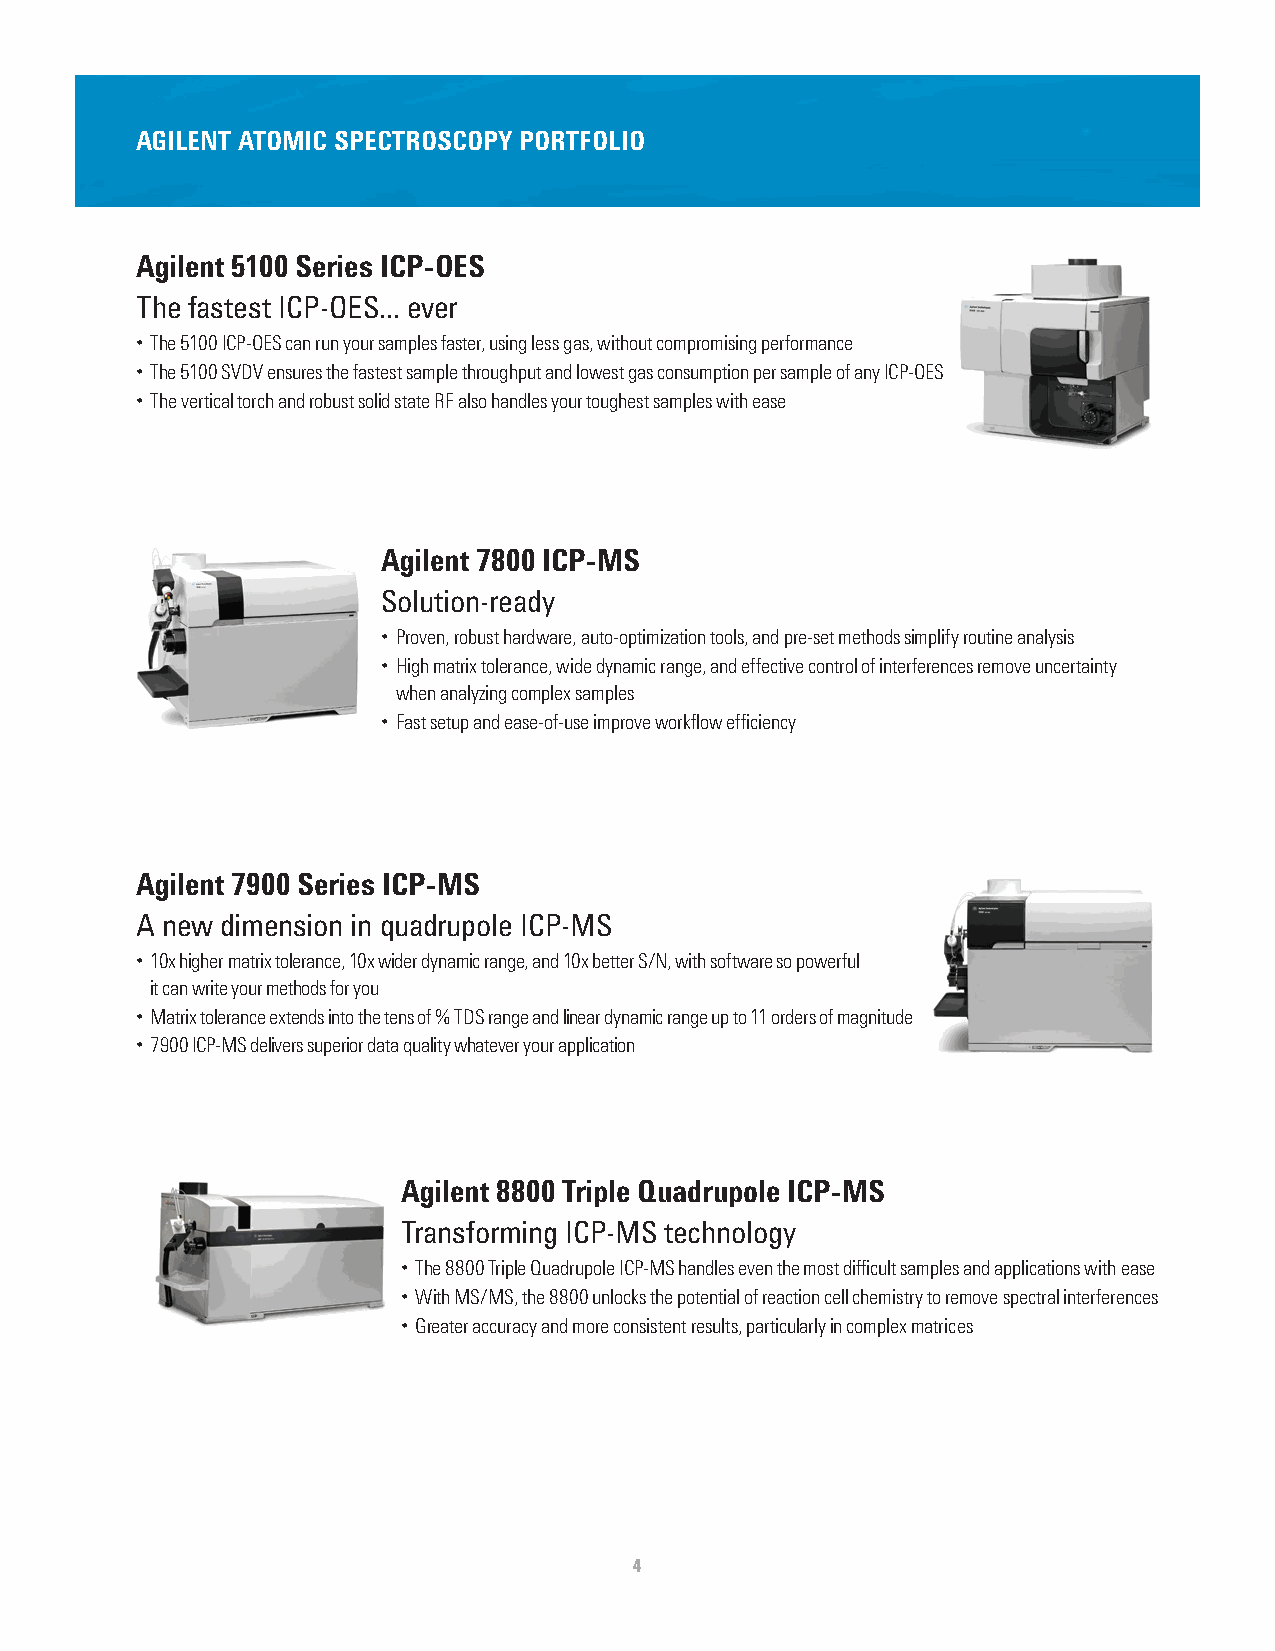
AGILENT ATOMIC SPECTROSCOPY PORTFOLIO
 Agilent 5100 Series ICP-OES
 The fastest ICP-OES... ever
 • The 5100 ICP-OES can run your samples faster, using less gas, without compromising performance
 • The 5100 SVDV ensures the fastest sample throughput and lowest gas consumption per sample of any ICP-OES
 • The vertical torch and robust solid state RF also handles your toughest samples with ease
 Agilent 7800 ICP-MS
 Solution-ready
 • Proven, robust hardware, auto-optimization tools, and pre-set methods simplify routine analysis
 • High matrix tolerance, wide dynamic range, and effective control of interferences remove uncertainty
 when analyzing complex samples
 • Fast setup and ease-of-use improve workflow efficiency
 Agilent 7900 Series ICP-MS
 A new dimension in quadrupole ICP-MS
 • 10x higher matrix tolerance, 10x wider dynamic range, and 10x better S/N, with software so powerful
 it can write your methods for you
 • Matrix tolerance extends into the tens of % TDS range and linear dynamic range up to 11 orders of magnitude
 • 7900 ICP-MS delivers superior data quality whatever your application
 Agilent 8800 Triple Quadrupole ICP-MS
 Transforming ICP-MS technology
 • The 8800 Triple Quadrupole ICP-MS handles even the most difficult samples and applications with ease
 • With MS/MS, the 8800 unlocks the potential of reaction cell chemistry to remove spectral interferences
 • Greater accuracy and more consistent results, particularly in complex matrices
 4